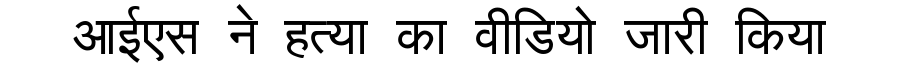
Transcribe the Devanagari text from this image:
आईएस ने हत्या का वीडियो जारी किया